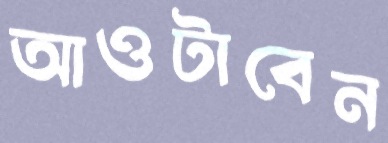
আওটাবেন